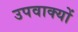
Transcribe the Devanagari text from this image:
उपवाक्यों